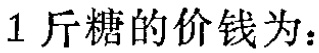
$1\text{ 斤糖的价钱为：}$